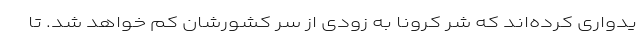
یدواری کرده‌اند که شر کرونا به زودی از سر کشورشان کم خواهد شد. تا